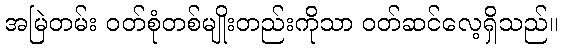
အမြဲတမ်း ဝတ်စုံတစ်မျိုးတည်းကိုသာ ဝတ်ဆင်လေ့ရှိသည်။